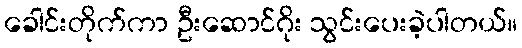
ခေါင်းတိုက်ကာ ဦးဆောင်ဂိုး သွင်းပေးခဲ့ပါတယ်။